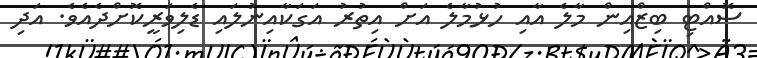
ސޮއްޓި ބިޒްއިން މާލެ އާއި ހުޅުމާލެ އަށް އިތުރު އަގަކާއިނުލައި ޑެލިވަރީކޮށްދެއެވެ. އަދި